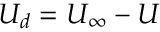
U _ { d } = U _ { \infty } - U